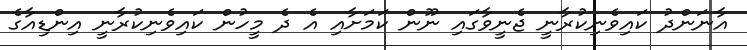
އާނަންދު ކައިވެނިކުރާނީ ޖެނީވާގައި ނޫން ކަމަށާއި އެ ދެ މީހުން ކައިވެނިކުރާނީ އިންޑިއާގެ